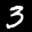
Label: 3